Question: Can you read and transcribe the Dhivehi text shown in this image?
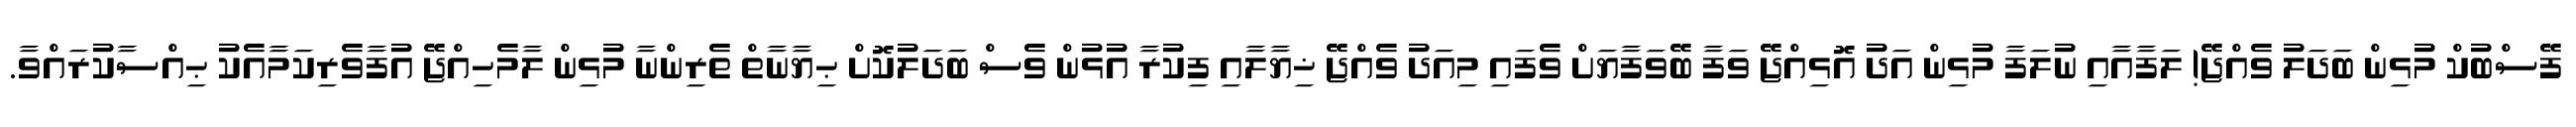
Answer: ފޭސްބުކް މުޅިން ބަދަލު ވެއްޖޭ! ލަފާއާއި ނުލަފާ މުޅިން އަދު އޮޅިއްޖޭ ވަފާ ބޭވަފާޔަށް ވެފައި މިއަދު ވެއްޖޭ ޚިޔާލާއި ފިކުރާ އުޅުން ވެސް ބަދަލުކޮށް ޙިޔާނާތް ތެރިންނާ މުޅިން ލާމެހިއްޖޭ އުފާވެރިކަމާއެކު ޙިއްސާކުރައްވާ.